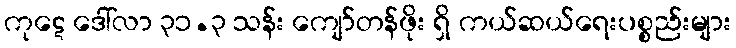
ကုဋေ ဒေါ်လာ ၃၁.၃ သန်း ကျော်တန်ဖိုး ရှိ ကယ်ဆယ်ရေးပစ္စည်းများ